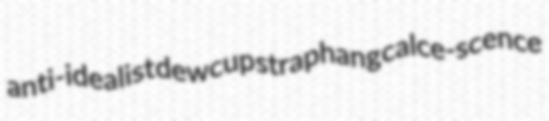
anti-idealist dewcup straphang calce-scence